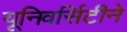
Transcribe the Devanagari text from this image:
यूनिवर्सिटीने